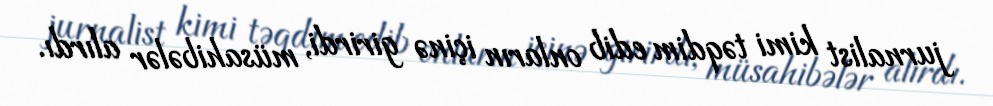
jurnalist kimi təqdim edib onların içinə girirdi, müsahibələr alırdı.